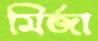
মির্জা